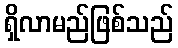
ရှိလာမည်ဖြစ်သည်